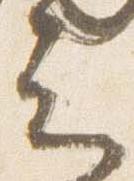
云